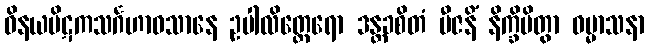
ဝိနယပိဋကသင်္ဂဟာဝသာနေ ဥပါလိတ္ထေရော ဒန္တခစိတံ ဗီဇနိံ နိက္ခိပိတွာ ဓမ္မာသနာ